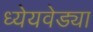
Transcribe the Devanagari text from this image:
ध्येेयवेड्या